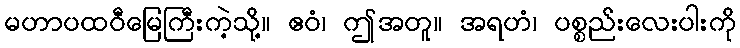
မဟာပထဝီမြေကြီးကဲ့သို့။ ဧဝံ၊ ဤအတူ။ အရဟံ၊ ပစ္စည်းလေးပါးကို